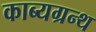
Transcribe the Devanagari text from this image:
काब्यग्रन्थ